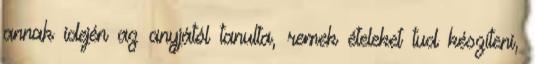
annak idején az anyjától tanulta, remek ételeket tud készíteni,